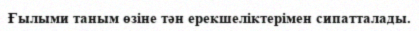
Ғылыми таным өзіне тән ерекшеліктерімен сипатталады.